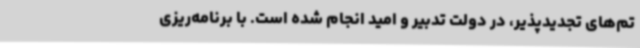
تم‌های تجدیدپذیر، در دولت تدبیر و امید انجام شده است. با برنامه‌ریزی